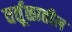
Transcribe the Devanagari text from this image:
वर्तूळातील